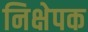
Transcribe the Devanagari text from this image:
निक्षेपक